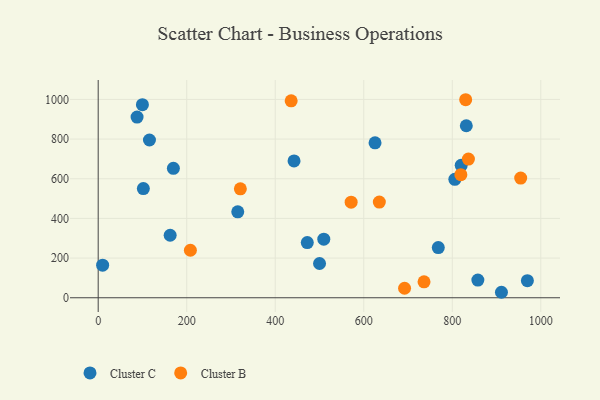
{"axis": {"x": "Price", "y": "Demand"}, "legend": ["Cluster B", "Cluster C"], "data": [{"x": "805.8", "y": 597.2, "type": "Cluster C"}, {"x": "500.1", "y": 172.8, "type": "Cluster C"}, {"x": "472.4", "y": 278.3, "type": "Cluster C"}, {"x": "768.4", "y": 253.2, "type": "Cluster C"}, {"x": "442.5", "y": 690.1, "type": "Cluster C"}, {"x": "162.6", "y": 315.1, "type": "Cluster C"}, {"x": "509.7", "y": 295.4, "type": "Cluster C"}, {"x": "10.0", "y": 164.1, "type": "Cluster C"}, {"x": "969.7", "y": 86.3, "type": "Cluster C"}, {"x": "99.9", "y": 973.5, "type": "Cluster C"}, {"x": "169.9", "y": 652.5, "type": "Cluster C"}, {"x": "625.5", "y": 781.4, "type": "Cluster C"}, {"x": "115.8", "y": 795.5, "type": "Cluster C"}, {"x": "102.0", "y": 550.6, "type": "Cluster C"}, {"x": "911.1", "y": 27.6, "type": "Cluster C"}, {"x": "857.8", "y": 88.9, "type": "Cluster C"}, {"x": "831.7", "y": 867.3, "type": "Cluster C"}, {"x": "820.2", "y": 667.6, "type": "Cluster C"}, {"x": "315.3", "y": 433.2, "type": "Cluster C"}, {"x": "87.8", "y": 911.2, "type": "Cluster C"}, {"x": "571.5", "y": 481.8, "type": "Cluster B"}, {"x": "692.2", "y": 47.9, "type": "Cluster B"}, {"x": "830.3", "y": 998.5, "type": "Cluster B"}, {"x": "836.5", "y": 699.1, "type": "Cluster B"}, {"x": "208.3", "y": 239.6, "type": "Cluster B"}, {"x": "819.4", "y": 620.4, "type": "Cluster B"}, {"x": "436.0", "y": 993.0, "type": "Cluster B"}, {"x": "321.2", "y": 549.2, "type": "Cluster B"}, {"x": "954.6", "y": 603.4, "type": "Cluster B"}, {"x": "635.2", "y": 482.4, "type": "Cluster B"}, {"x": "736.2", "y": 80.4, "type": "Cluster B"}]}